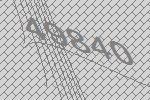
49840